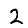
Digit: 2